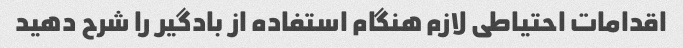
اقدامات احتیاطی لازم هنگام استفاده از بادگیر را شرح دهید